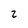
Character: 2